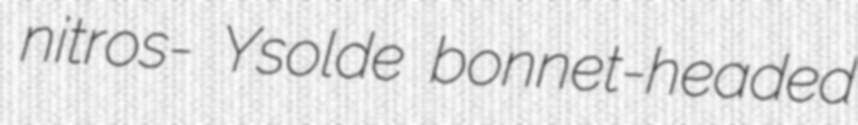
nitros- Ysolde bonnet-headed